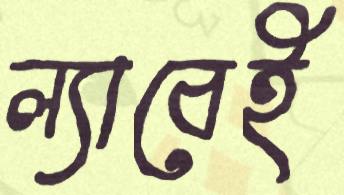
ল্যাবেই